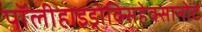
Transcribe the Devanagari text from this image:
पॉलीहाइड्रोक्सिहेक्सानोट